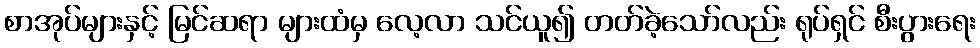
စာအုပ်များနှင့် မြင်ဆရာ များထံမှ လေ့လာ သင်ယူ၍ တတ်ခဲ့သော်လည်း ရုပ်ရှင် စီးပွားရေး